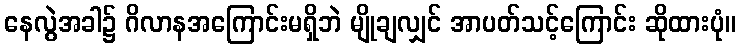
နေလွဲအခါ၌ ဂိလာနအကြောင်းမရှိဘဲ မျိုချလျှင် အာပတ်သင့်ကြောင်း ဆိုထားပုံ။